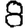
Digit: 8